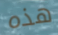
هذه